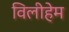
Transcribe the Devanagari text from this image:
विलीहेम